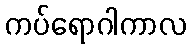
ကပ်ရောဂါကာလ